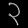
Digit: ၃